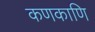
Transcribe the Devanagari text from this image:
कणकाणि